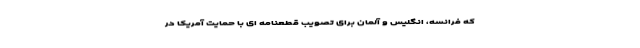
که فرانسه، انگلیس و آلمان برای تصویب قطعنامه ای با حمایت آمریکا در